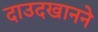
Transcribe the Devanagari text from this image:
दाउदखानने